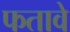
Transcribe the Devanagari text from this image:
फतावे